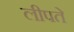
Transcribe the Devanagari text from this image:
लीपते